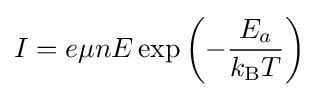
I=e\mu nE\exp \left(-{\frac {E_{a}}{k_{\text{B}}T}}\right)